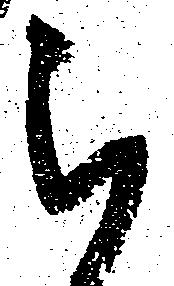
ら